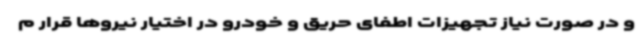
و در صورت نیاز تجهیزات اطفای حریق و خودرو در اختیار نیروها قرار م